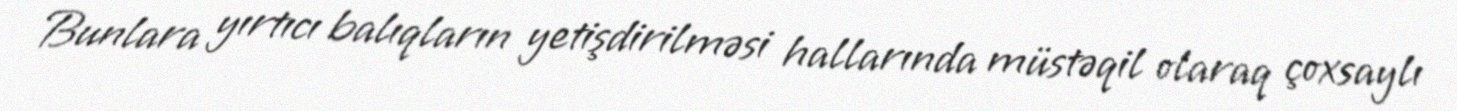
Bunlara yırtıcı balıqların yetişdirilməsi hallarında müstəqil olaraq çoxsaylı